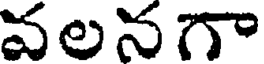
వలనగా